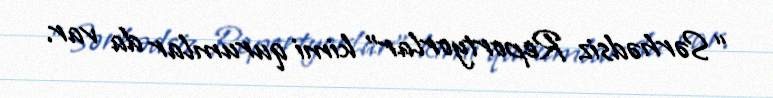
“Sərhədsiz Reportyorlar” kimi qurumlar da var.